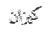
كيزان